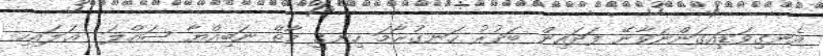
އެނގިވަޑައިގަންނަވާނޭ ފަދައިން ބަދުރު ހަނގުރާމަ ހިނގީ މާތް ނަބިއްޔާ ޞައްލަ  ޢަލައިހި